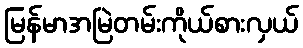
မြန်မာအမြဲတမ်းကိုယ်စားလှယ်